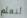
لنعلم